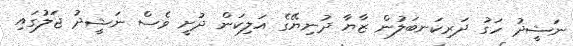
ނަޝީދު ހަގު ދަރިކަނބަލުން ޒާޔާ ދުނިޔޭގެ އަލިކަން ދުށީ ވެސް ނަޝީދު ޖަލުގައި